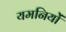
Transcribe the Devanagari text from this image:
यमनियों